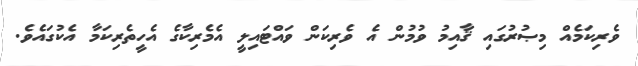
ވެރިކަމެއް މިޞުރުގައި ޤާއިމު ވުމުން އެ ވެރިކަން ވައްޓައިލީ އެމެރިކާގެ އެހީތެރިކަމާ އެކުގައެވެ.